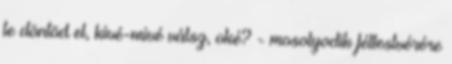
te döntöd el, kivé-mivé válsz, oké? - mosolyodik féltestvérére